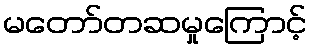
မတော်တဆမှုကြောင့်